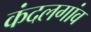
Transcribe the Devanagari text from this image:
कंदलगांव